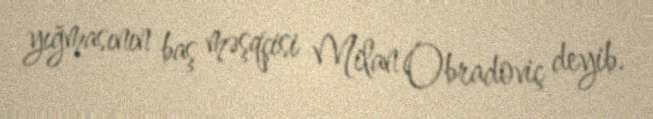
yığmasının baş məşqçisi Milan Obradoviç deyib.